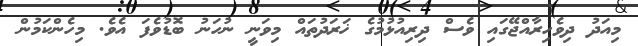
މިއަދު ދިވެހިރާއްޖޭގައި ވެސް ދިރިއުޅުމުގެ ޚަރަދުތައް މިވަނީ ނުހަނު ބޮޑުވެފަ އެވެ. މިހެންކަމުން